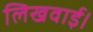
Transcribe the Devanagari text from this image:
लिखवाई।